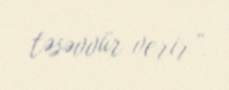
təsəvvür verir”.